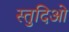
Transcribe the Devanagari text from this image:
स्तुदिओ